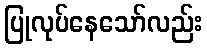
ပြုလုပ်နေသော်လည်း